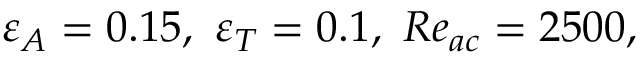
\varepsilon _ { A } = 0 . 1 5 , ~ \varepsilon _ { T } = 0 . 1 , ~ R e _ { a c } = 2 5 0 0 ,